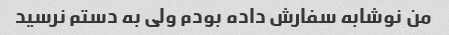
من نوشابه سفارش داده بودم ولی به دستم نرسید